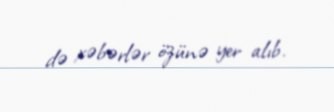
də xəbərlər özünə yer alıb.